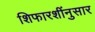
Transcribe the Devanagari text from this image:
शिफारशींनुसार